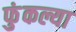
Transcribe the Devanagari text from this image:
फुंकल्या